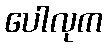
ပေါလုက